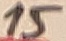
Text: 15